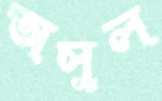
অসুল